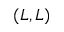
( L , L )